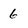
Character: 6